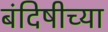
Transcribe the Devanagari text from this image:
बंदिषीच्या